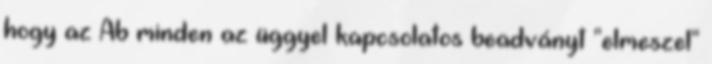
hogy az Ab minden az üggyel kapcsolatos beadványt "elmeszel"